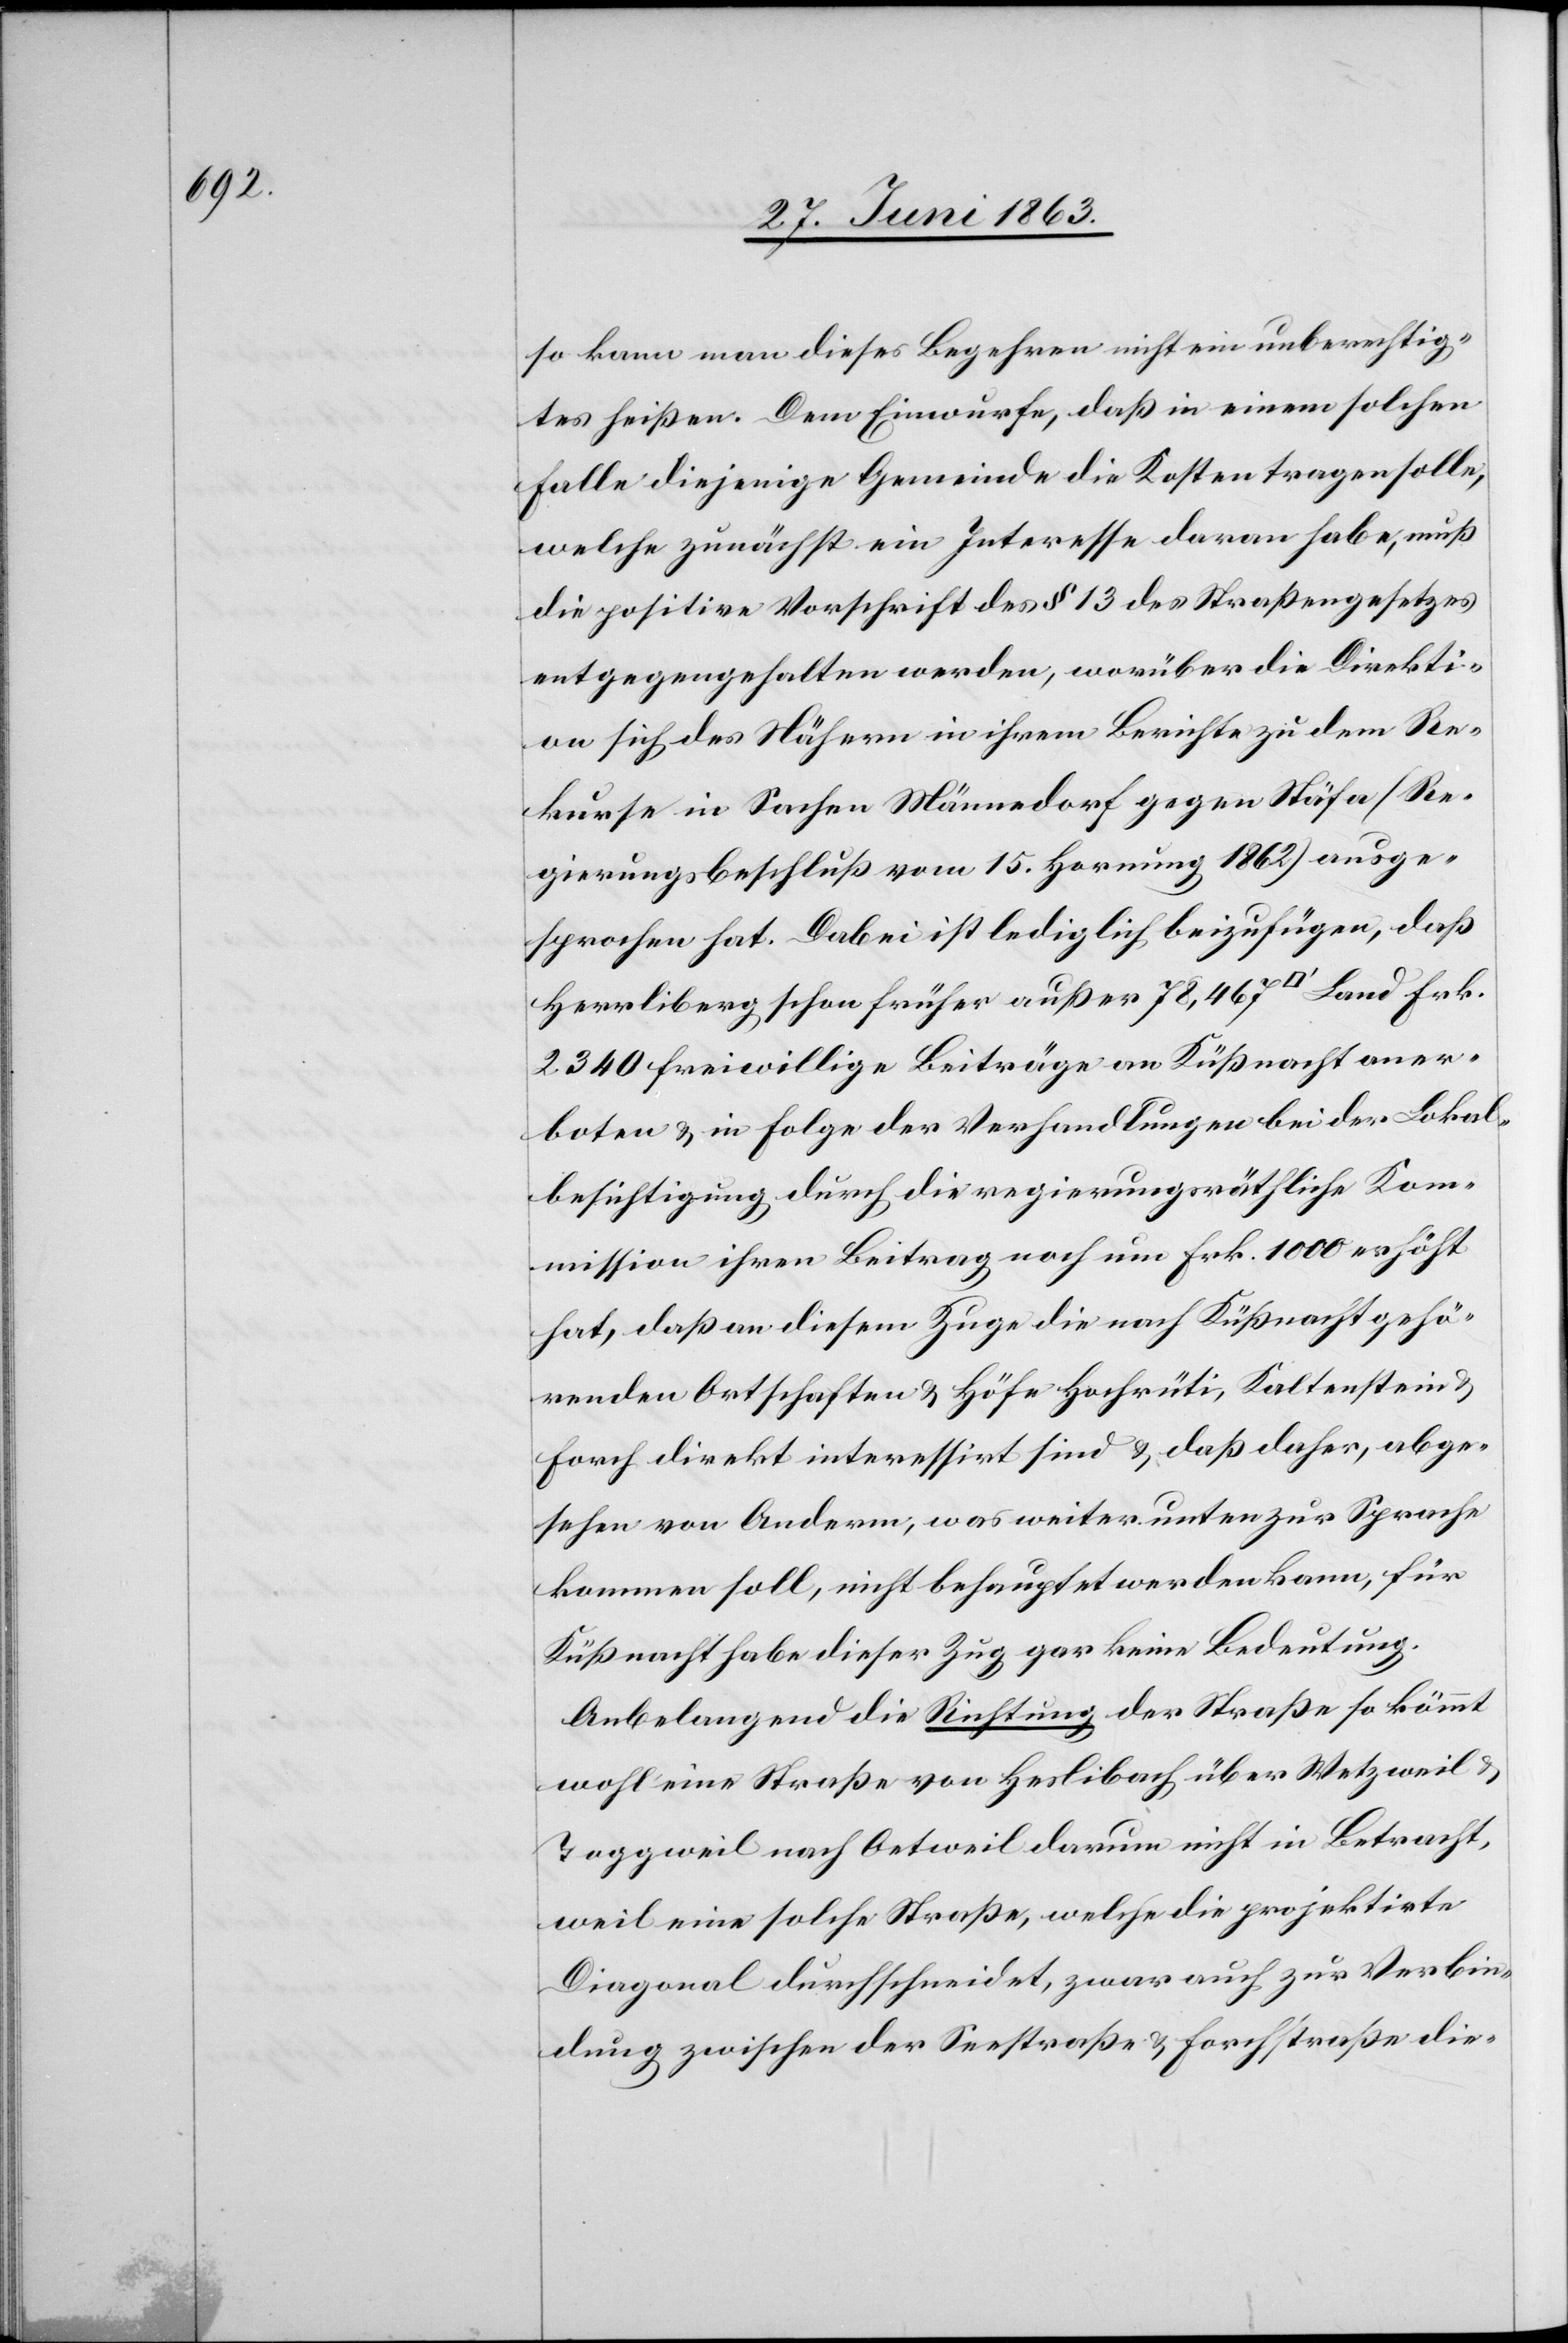
so kann man dieses Begehren nicht ein unberechtig¬
tes heißen. Dem Einwurfe, daß in einem solchen
Falle diejenige Gemeinde die Kosten tragen solle,
welche zunächst ein Interesse daran habe, muß
die positive Vorschrift des § 13 des Straßengesetzes
entgegengehalten werden, worüber die Direkti¬
on sich des Nähern in ihrem Berichte zu dem Re¬
kurse in Sachen Männedorf gegen Stäfa (Re¬
gierungsbeschluß vom 15. Hornung 1862) ausge¬
sprochen hat. Dabei ist lediglich beizufügen, daß
Herrliberg schon früher außer 78,467 [Quadratfuss]
2340 freiwillige Beiträge an Küßnacht aner¬
boten & in Folge der Verhandlungen bei der Lokal¬
besichtigung durch die regierungsräthliche Kom¬
mission ihren Beitrag noch um Frk. 1000 erhöht
hat, daß an diesem Zuge die nach Küßnacht gehö¬
renden Ortschaften & Höfe Hochrüti, Kaltenstein &
Forch direkt interessirt sind & daß daher, abge¬
sehen von Anderm, was weiter unten zur Sprache
kommen soll, nicht behauptet werden kann, für
Küßnacht habe dieser Zug gar keine Bedeutung.
Anbelangend die Richtung der Straße so kömmt
wohl eine Straße von Heslibach über Wetzweil &
Toggweil nach Oetweil darum nicht in Betracht,
weil eine solche Straße, welche die projektirte
Diagonal durchschneidet, zwar auch zur Verbin¬
dung zwischen der Seestraße & Forchstraße die-